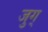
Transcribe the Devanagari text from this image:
जुग्